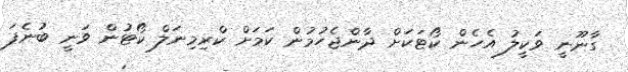
ގާނޫނީ ވަކީލު އެހެން ކޯޓަކަށް ދާންޖެހުމުން ކަމަށް ކްރިމިނަލް ކޯޓުން ވަނީ ބުނެފަ